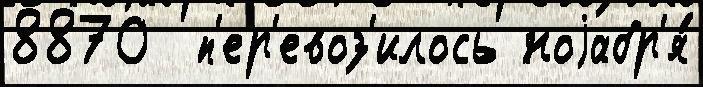
8870  п'ер'евоз'илось ноjабр'я́